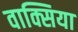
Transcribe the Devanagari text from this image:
वाक्सिया